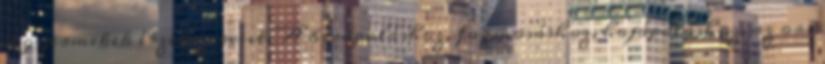
a gyermekek érzékszerveit. A bırápoláshoz, fogmosáshoz, hajápoláshoz, az orr